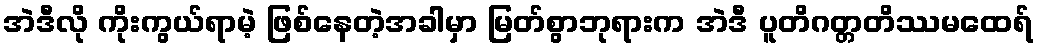
အဲဒီလို ကိုးကွယ်ရာမဲ့ ဖြစ်နေတဲ့အခါမှာ မြတ်စွာဘုရားက အဲဒီ ပူတိဂတ္တတိဿမထေရ်